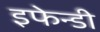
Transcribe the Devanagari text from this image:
इफेन्डी